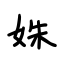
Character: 姝